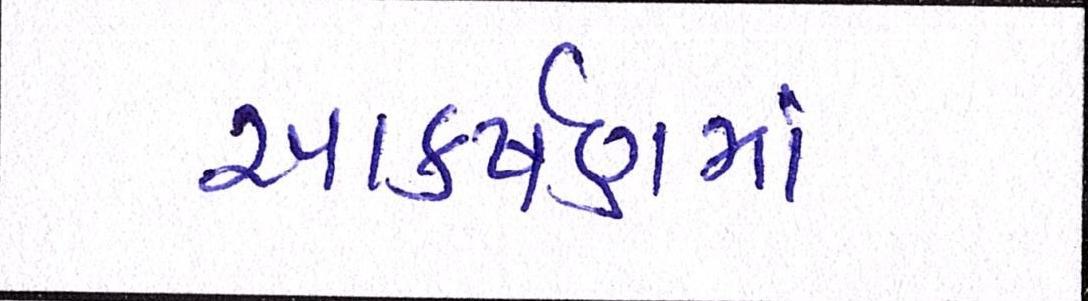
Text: આકર્ષણમાં